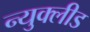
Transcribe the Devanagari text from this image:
न्युक्लीड